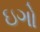
ઇગો